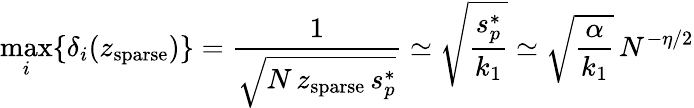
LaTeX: \operatorname*{max}_{i}\{ \delta_{i}(z_{\mathrm{sparse}})\} =\frac{1}{\sqrt{N\, z_{\mathrm{sparse}}\, s_{p}^{*}}}\simeq\sqrt{\frac{s_{p}^{*}}{k_{1}}}\simeq\sqrt{\frac{\alpha}{k_{1}}}\, N^{-\eta/2}